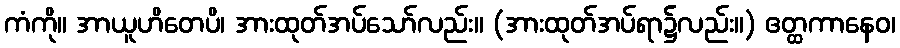
ကံကို။ အာယူဟိတေပိ၊ အားထုတ်အပ်သော်လည်း။ (အားထုတ်အပ်ရာ၌လည်း။) ဧတ္ထကာနေဝ၊